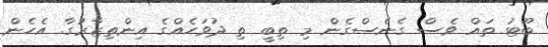
ބޫޓު ތައް ވެސް ގެނެސްގެން މި ތިބީ ތި ދުވަހެއްގެ އިންތިޒާރުގާ. އެހެން